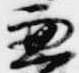
兼